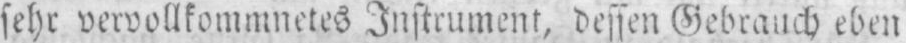
sehr vervollkommnetes Instrument, dessen Gebrauch eben